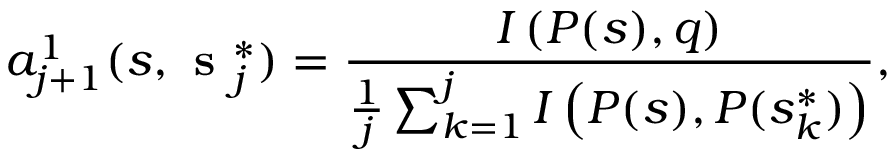
a _ { j + 1 } ^ { 1 } ( s , \textbf { s } _ { j } ^ { * } ) = \frac { I \left( P ( s ) , q \right) } { \frac { 1 } { j } \sum _ { k = 1 } ^ { j } I \left( P ( s ) , P ( s _ { k } ^ { * } ) \right) } ,